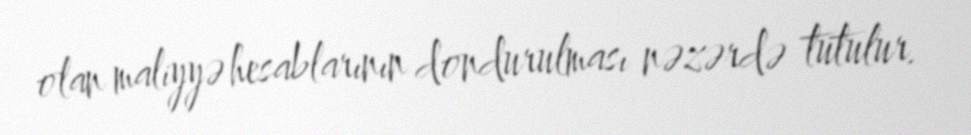
olan maliyyə hesablarının dondurulması nəzərdə tutulur.